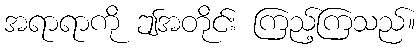
အရာရာကို ဤအတိုင်း ကြည့်ကြသည်။